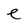
Character: e